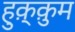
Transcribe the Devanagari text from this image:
हुक़्क़ुम